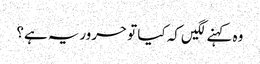
وہ کہنے لگیں کہ کیا تو حروریہ ہے؟